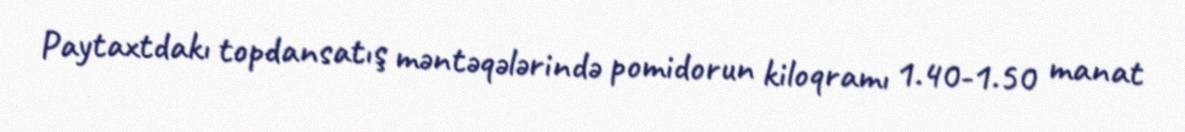
Paytaxtdakı topdansatış məntəqələrində pomidorun kiloqramı 1.40-1.50 manat